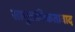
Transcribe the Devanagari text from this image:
सामुदायिकतावाद